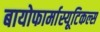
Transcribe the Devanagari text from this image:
बायोफार्मास्यूटिकल्स